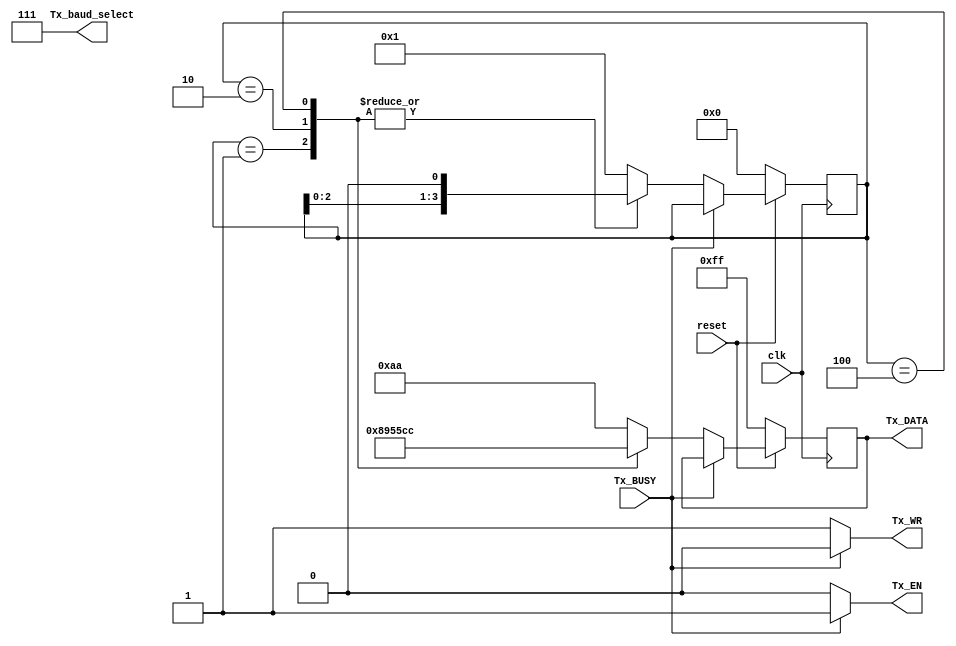
`timescale 1ns / 1ps
//////////////////////////////////////////////////////////////////////////////////
// Company: 
// Engineer: 
// 
// Design Name: 
// Module Name:    systemData 
// Project Name: 
// Target Devices: 
// Tool versions: 
// Description: 
//
// Dependencies: 
//
// Revision: 
// Revision 0.01 - File Created
// Additional Comments: 
//
//////////////////////////////////////////////////////////////////////////////////

/*
- ta info messages xst 2261 einai fisiologika giati dimiourgountai sts
anatheseis mikra latch se orismena bit
- afto tha mporousa na to diorthwsw alla dn to ekana gia na fainontai
kalutera oi anatheseis sto Tx_DATA
*/
module TransmittersSystemData(
   input clk,
	input reset,
	input Tx_BUSY,
	output Tx_EN,
	output Tx_WR,
	output reg [0:7] Tx_DATA,
   output wire [2:0] Tx_baud_select
);


reg [3:0] dataCounter;   


assign Tx_baud_select = 3'b111;
assign Tx_EN = (Tx_BUSY)? 1:0;
assign Tx_WR = (Tx_BUSY)? 0:1;


always @( posedge clk ) begin
  if (reset == 1) begin
    if (Tx_BUSY == 0) begin//AN DN stelnei o transmitter ston receiver
	    
		case (dataCounter)
	     4'b0001: begin
		    Tx_DATA <= 8'b1000_1001;//regs[0];
		    dataCounter <= dataCounter<<1;
		  end
		  4'b0010: begin
		    Tx_DATA <= 8'b0101_0101;//regs[1];
		    dataCounter <= dataCounter<<1;
		  end
		  4'b0100: begin
		    Tx_DATA <= 8'b1100_1100;//regs[2];
		    dataCounter <= dataCounter<<1;
		  end
		  default: begin
		    Tx_DATA <= 8'b1010_1010;//regs[3];
		    dataCounter <= 4'b0001;
		  end  
		
		
      endcase		
    end
  end
  else begin//reset=0
    dataCounter <= 4'b0000;
    Tx_DATA <= 8'b1111_1111;
  end
end
	
endmodule